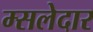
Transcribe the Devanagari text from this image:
म्सलेदार